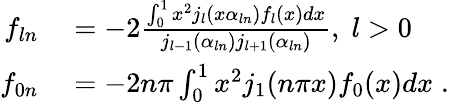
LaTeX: \begin{array}{rl}{f_{ln}}&{{}=-2\frac{\int_{0}^{1}x^{2}j_{l}(x\alpha_{ln})f_{l}(x)dx}{j_{l-1}(\alpha_{ln})j_{l+1}(\alpha_{ln})},\; l>0}\\ {f_{0n}}&{{}=-2n\pi\int_{0}^{1}x^{2}j_{1}(n\pi x)f_{0}(x)dx\; .}\end{array}